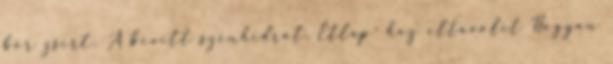
bőr zsírt. A bevitt szénhidrát. Étlap- hoz eltávolít Hogyan